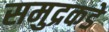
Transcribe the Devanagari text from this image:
समुद्रकडे